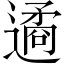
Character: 遹